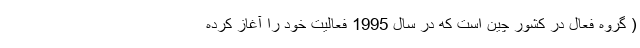
( گروه فعال در کشور چین است که در سال 1995 فعالیت خود را آغاز کرده